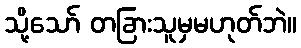
သို့သော် တခြားသူမှမဟုတ်ဘဲ။